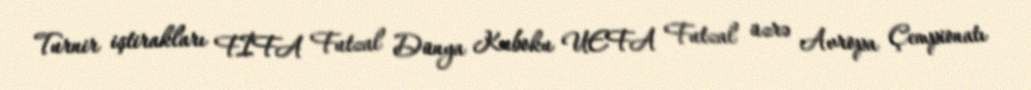
Turnir iştirakları FİFA Futzal Dünya Kuboku UEFA Futzal üzrə Avropa Çempionatı